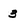
Character: 3